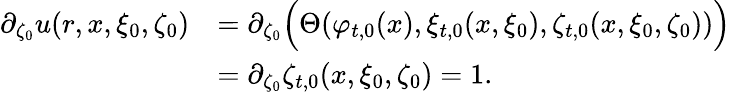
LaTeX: \begin{array}{rl}{\partial_{\zeta_{0}}u(r,x,\xi_{0},\zeta_{0})}&{=\partial_{\zeta_{0}}\Big(\Theta(\varphi_{t,0}(x),\xi_{t,0}(x,\xi_{0}),\zeta_{t,0}(x,\xi_{0},\zeta_{0}))\Big)}\\ &{=\partial_{\zeta_{0}}\zeta_{t,0}(x,\xi_{0},\zeta_{0})=1.}\end{array}